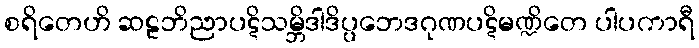
စရိတေဟိ ဆဠဘိညာပဋိသမ္ဘိဒါဒိပ္ပဘေဒဂုဏပဋိမဏ္ဍိတေ ပါပကာရီ